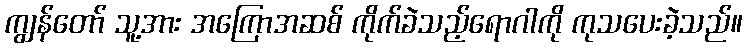
ကျွန်တော် သူ့အား အကြောအဆစ် ကိုက်ခဲသည့်ရောဂါကို ကုသပေးခဲ့သည်။